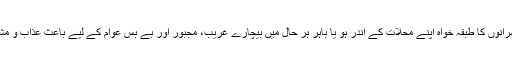
ہماری اشرافیہ اور حکمرانوں کا طبقہ خواہ اپنے محلات کے اندر ہو یا باہر ہر حال میں بیچارے غریب، مجبور اور بے بس عوام کے لیے باعث عذاب و مشکلات ہی ثابت ہوا ہے۔